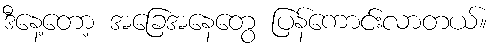
ဒီနေ့တော့ အခြေအနေတွေ ပြန်ကောင်းလာတယ်။